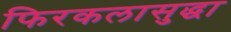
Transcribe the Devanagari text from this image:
फिरकलासुद्धा